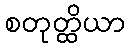
စတုတ္ထိယာ